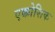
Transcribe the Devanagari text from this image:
एक्कोशिक